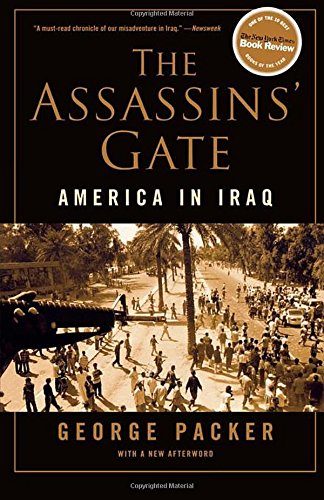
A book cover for The Assassins' Gate: America in Iraq; George Packer; History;